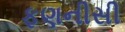
ફણનીસી